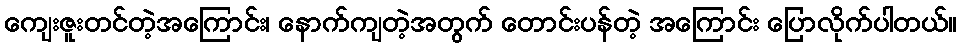
ကျေးဇူးတင်တဲ့အကြောင်း၊ နောက်ကျတဲ့အတွက် တောင်းပန်တဲ့ အကြောင်း ပြောလိုက်ပါတယ်။